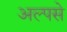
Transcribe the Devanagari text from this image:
अल्पसे